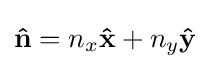
\mathbf {\hat {n}} =n_{x}\mathbf {\hat {x}} +n_{y}\mathbf {\hat {y}}